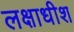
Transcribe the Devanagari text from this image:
लक्षाधीश